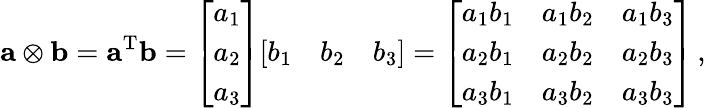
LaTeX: \mathbf{a}\otimes\mathbf{b}=\mathbf{a}^{\mathrm{T}}\mathbf{b}={\left[\begin{array}{l}{a_{1}}\\ {a_{2}}\\ {a_{3}}\end{array}\right]}{\left[\begin{array}{lll}{b_{1}}&{b_{2}}&{b_{3}}\end{array}\right]}={\left[\begin{array}{lll}{a_{1}b_{1}}&{a_{1}b_{2}}&{a_{1}b_{3}}\\ {a_{2}b_{1}}&{a_{2}b_{2}}&{a_{2}b_{3}}\\ {a_{3}b_{1}}&{a_{3}b_{2}}&{a_{3}b_{3}}\end{array}\right]}\, ,